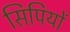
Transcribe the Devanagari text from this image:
सिपियों